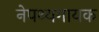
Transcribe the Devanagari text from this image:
नेपथ्यगायक